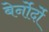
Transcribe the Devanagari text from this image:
बेर्नोर्दो